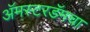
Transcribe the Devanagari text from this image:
अॅमस्टरडॅमचा